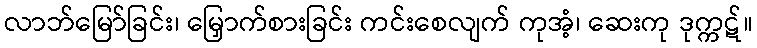
လာဘ်မြော်ခြင်း၊ မြှောက်စားခြင်း ကင်းစေလျက် ကုအံ့၊ ဆေးကု ဒုက္ကဋ်။